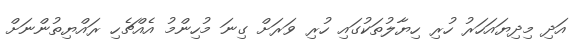
އަދި މިދިޔައަހަރު ހުރި ހިޔާލުތަކުގައި ހުރި ވަރަށް ގިނަ މުހިންމު އެއްޗެހި ރައްޔިތުންނަށް